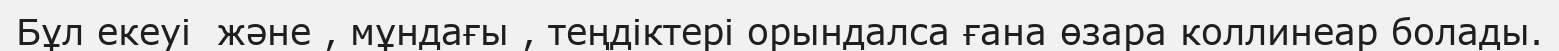
Бұл екеуі  және , мұндағы , теңдіктері орындалса ғана өзара коллинеар болады.